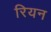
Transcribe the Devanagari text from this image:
रियन